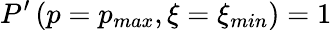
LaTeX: P^{\prime}\left(p=p_{max},\xi=\xi_{min}\right)=1